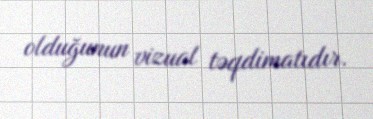
olduğunun vizual təqdimatıdır.